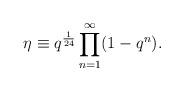
LaTeX: \begin{align*}\eta \equiv q^{\frac 1 {24}} \prod^\infty_{n = 1} (1-q^n).\end{align*}